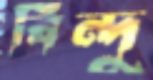
বিন্দু